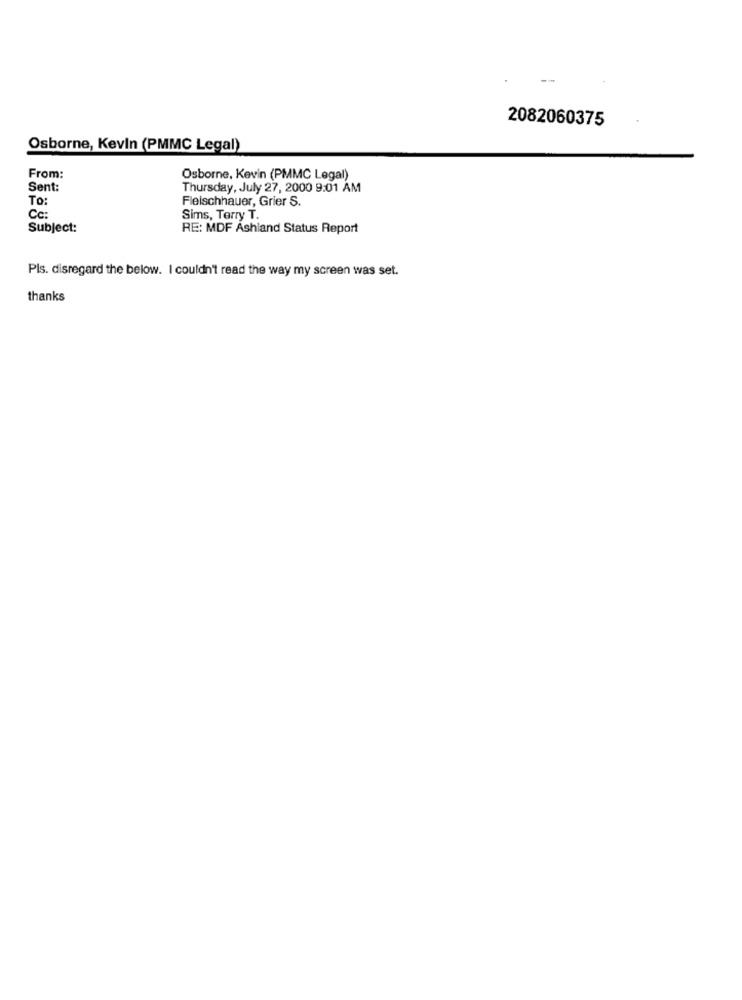
2082060375
Osborne, Kevin (PMMC Legal)
From:
Osborne, Kevin (PMMC Legal)
Sent:
Thursday, July 27, 2000 9:01 AM
To:
Fleischhauer, Grier S.
Cc:
Sims, Terry T.
Subject:
RE: MDF Ashland Status Report
Pls. disregard the below. I couldn't read the way my screen was set.
thanks